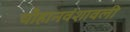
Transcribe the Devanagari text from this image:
चौहानवंशावली